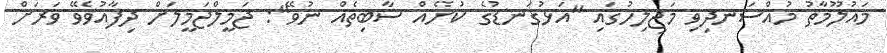
މައުލޫމާތު މުއްސަނދިވި މަޖިލިހުގައި "އަޅުގަނޑުގެ ކުށެއް ސާބިތެއް ނުވޭ": ޖަމީލްޖަމީލަށް ދިފާއުވެވޭ ވަރަށް